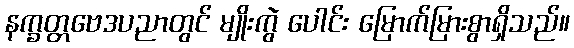
နက္ခတ္တဗေဒပညာတွင် မျိုးကွဲ ပေါင်း မြောက်မြားစွာရှိသည်။